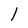
Character: l